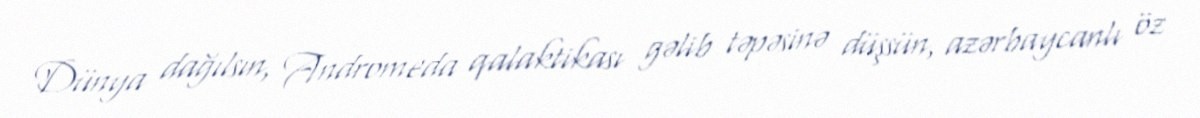
Dünya dağılsın, Andromeda qalaktikası gəlib təpəsinə düşsün, azərbaycanlı öz